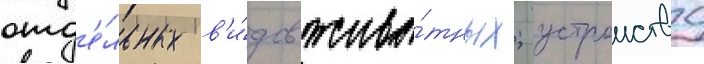
отд'е́льных в'и́дов живо́тных; устроиство